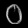
Digit: ၀